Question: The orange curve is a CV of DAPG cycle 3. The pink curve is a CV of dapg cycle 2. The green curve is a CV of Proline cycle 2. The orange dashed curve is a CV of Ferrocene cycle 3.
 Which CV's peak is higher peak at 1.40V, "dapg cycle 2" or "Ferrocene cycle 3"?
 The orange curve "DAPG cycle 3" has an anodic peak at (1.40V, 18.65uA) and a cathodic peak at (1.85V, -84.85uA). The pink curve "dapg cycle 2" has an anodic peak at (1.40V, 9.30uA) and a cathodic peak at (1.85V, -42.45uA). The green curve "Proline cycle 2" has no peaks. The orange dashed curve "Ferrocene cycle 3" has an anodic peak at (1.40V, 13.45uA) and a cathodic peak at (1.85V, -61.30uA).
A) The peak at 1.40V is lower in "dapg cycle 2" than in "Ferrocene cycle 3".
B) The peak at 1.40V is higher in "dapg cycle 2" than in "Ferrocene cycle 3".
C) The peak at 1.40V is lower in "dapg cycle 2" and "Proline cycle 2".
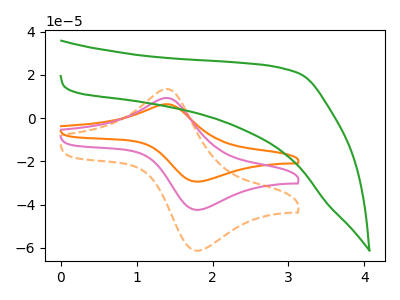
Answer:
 <answer>A) The peak at 1.40V is lower in "dapg cycle 2" than in "Ferrocene cycle 3".</answer>
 <eval>A</eval>